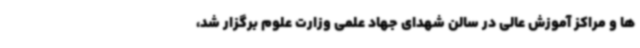
ها و مراکز آموزش عالی در سالن شهدای جهاد علمی وزارت علوم برگزار شد،